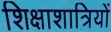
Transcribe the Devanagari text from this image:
शिक्षाशात्रियों